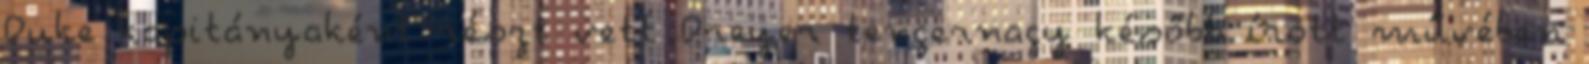
Duke kapitányaként részt vett Dreyer tengernagy később írott művében